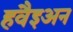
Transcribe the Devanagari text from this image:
हवैइअन